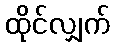
ထိုင်လျှက်